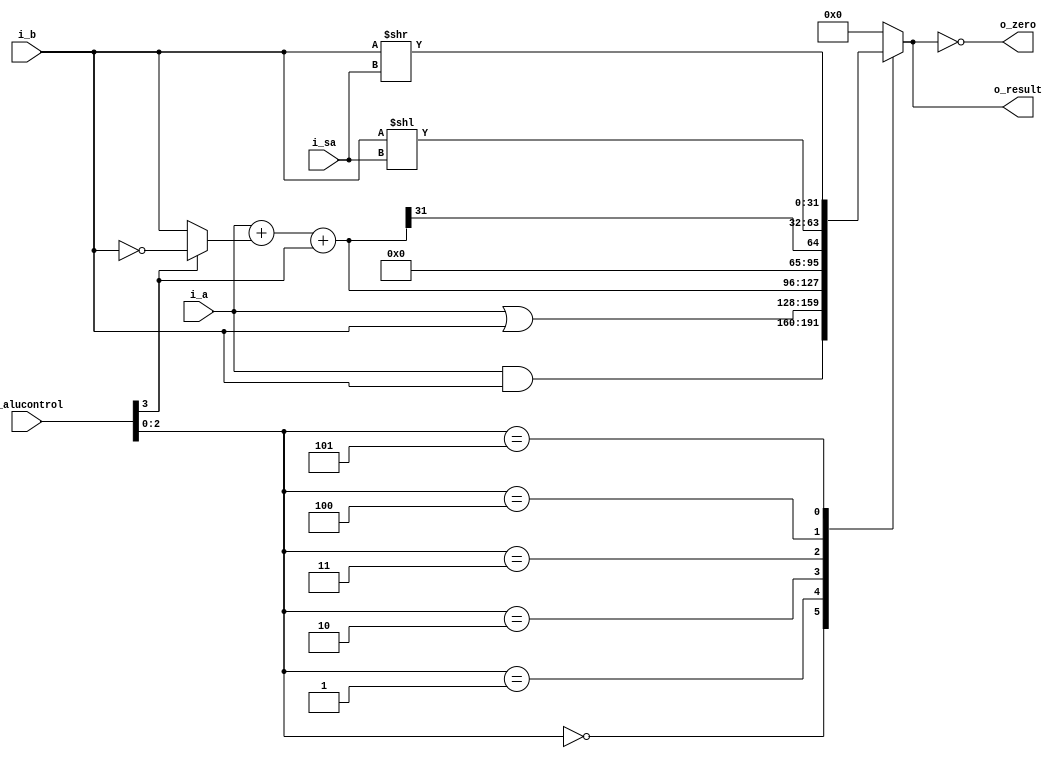
module alu(i_a, i_b, i_alucontrol, i_sa, o_result, o_zero);

input       [31:0]  i_a; 
input       [31:0]  i_b;
input       [3:0]   i_alucontrol;
input       [4:0]   i_sa;
output  reg [31:0]  o_result;
output              o_zero;

wire    [31:0]  condinvb = i_alucontrol[3] ? ~i_b : i_b; 
wire    [31:0]  sum = i_a + condinvb + i_alucontrol[3];

assign          o_zero = (o_result == 32'b0);

always @* begin

    o_result = 32'd0;

    case (i_alucontrol[2:0])
      3'b000: o_result = i_a & i_b;
      3'b001: o_result = i_a | i_b;
      3'b010: o_result = sum;
      3'b011: o_result = sum[31];
      3'b100: o_result = i_b << i_sa;
      3'b101: o_result = i_b >> i_sa;
    endcase
  
end

endmodule